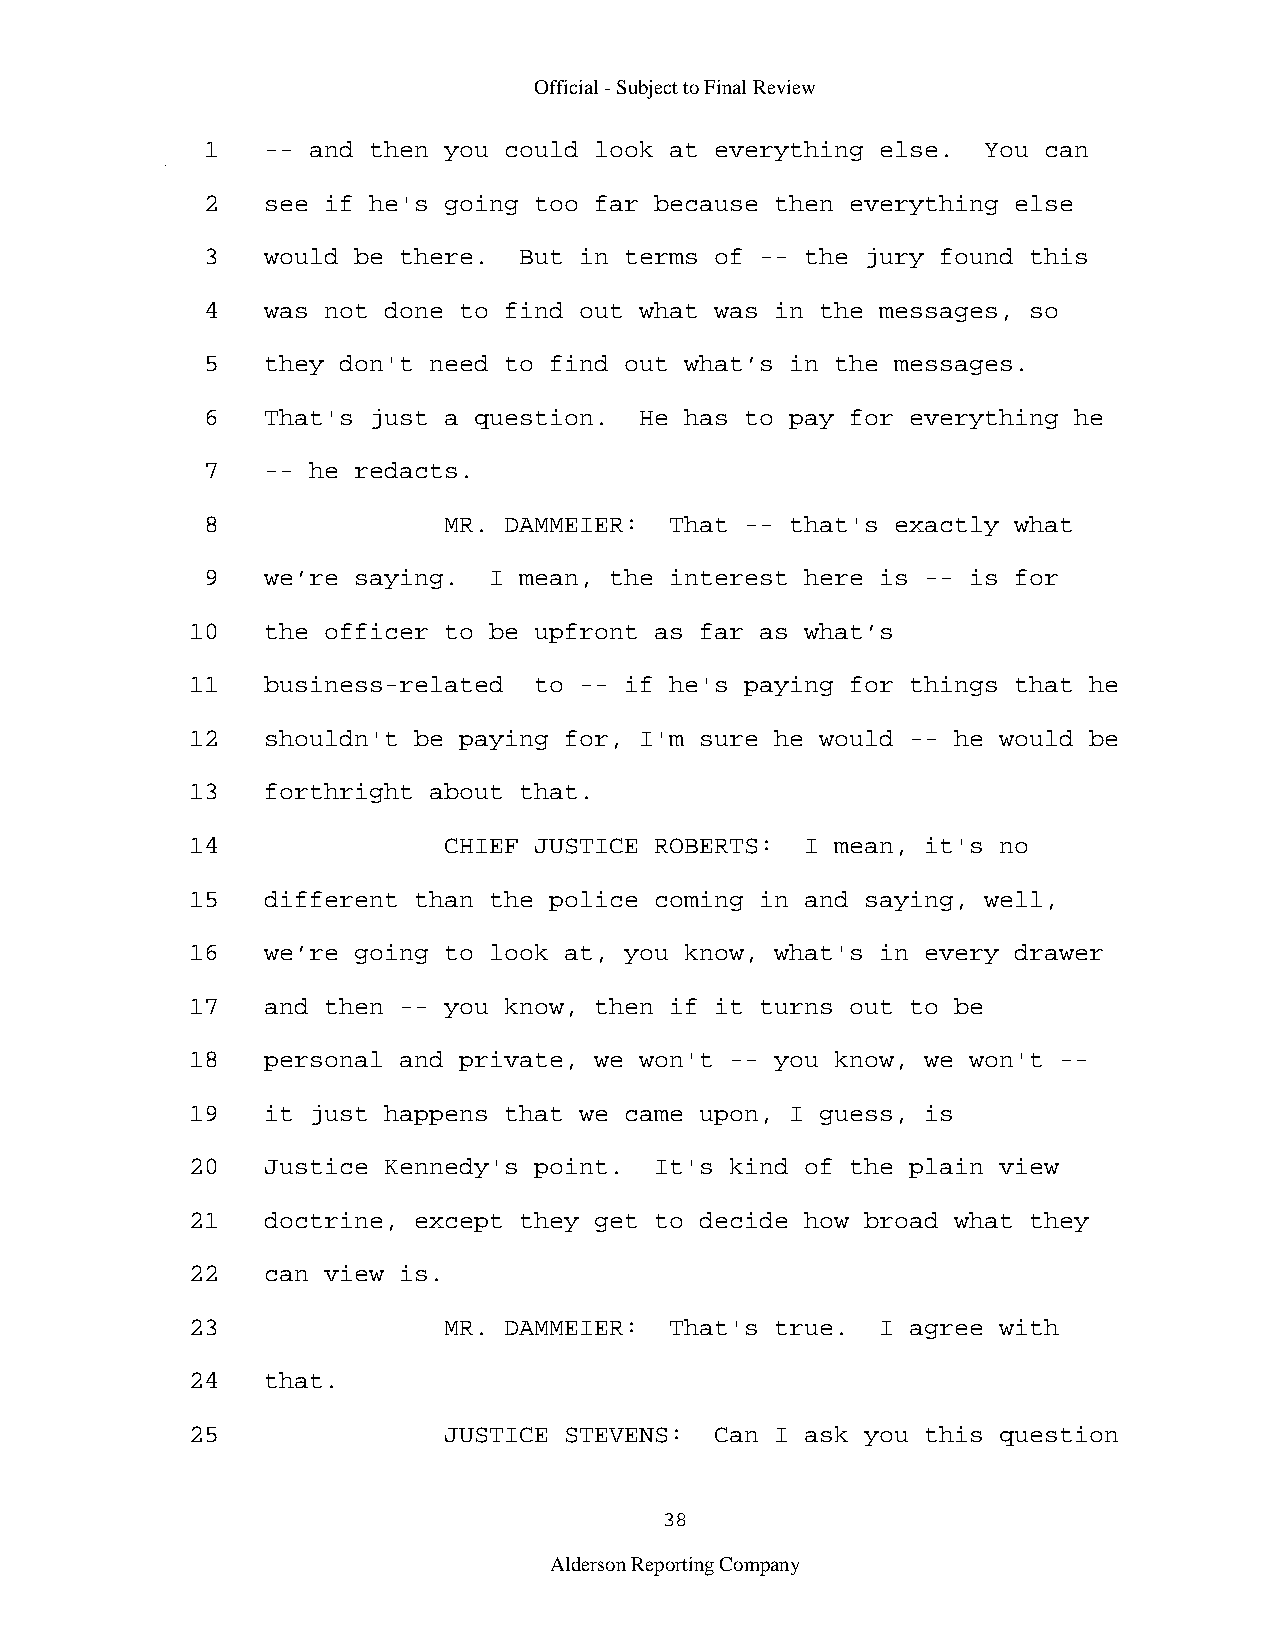
Official - Subject to Final Review
 1   -- and then you could look at everything else.  You can
 2   see if he's going too far because then everything else
 3   would be there.  But in terms of -- the jury found this
 4   was not done to find out what was in the messages, so
 5   they don't need to find out what’s in the messages.
 6   That's just a question.  He has to pay for everything he
 7   -- he redacts.
 8               MR. DAMMEIER:  That -- that's exactly what
 9   we’re saying.  I mean, the interest here is -- is for
 10   the officer to be upfront as far as what’s
 11   business-related  to -- if he's paying for things that he
 12   shouldn't be paying for, I'm sure he would -- he would be
 13   forthright about that.
 14               CHIEF JUSTICE ROBERTS:  I mean, it's no
 15   different than the police coming in and saying, well,
 16   we’re going to look at, you know, what's in every drawer
 17   and then -- you know, then if it turns out to be
 18   personal and private, we won't -- you know, we won't --
 19   it just happens that we came upon, I guess, is
 20   Justice Kennedy's point.  It's kind of the plain view
 21   doctrine, except they get to decide how broad what they
 22   can view is.
 23               MR. DAMMEIER:  That's true.  I agree with
 24   that.
 25               JUSTICE STEVENS:  Can I ask you this question
 38
 Alderson Reporting Company